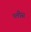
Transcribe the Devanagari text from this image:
प्लीस